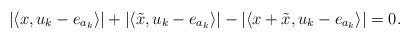
\begin{align*}|\langle x, u_k-e_{a_k}\rangle|+|\langle \tilde{x}, u_k-e_{a_k}\rangle|-|\langle x+\tilde{x}, u_k - e_{a_k}\rangle |= 0.\end{align*}